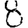
Digit: 8